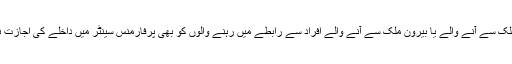
اسی طرح بیرون ملک سے آنے والے یا بیرون ملک سے آنے والے افراد سے رابطے میں رہنے والوں کو بھی پرفارمنس سینٹر میں داخلے کی اجازت نہیں دی جائے گی۔